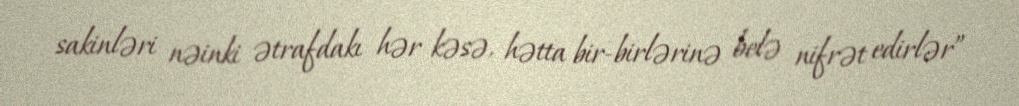
sakinləri nəinki ətrafdakı hər kəsə, hətta bir-birlərinə belə nifrət edirlər”